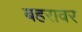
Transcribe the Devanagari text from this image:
बहरावर